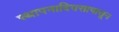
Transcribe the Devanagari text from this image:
स्थापनादिवसापासून